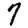
Digit: 7